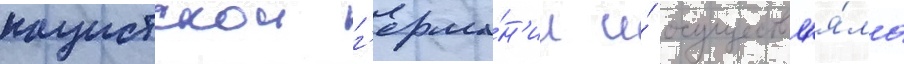
нацистскои г'ерма́н'ии и́ осуществл'я́ла